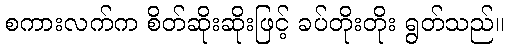
စကားလက်က စိတ်ဆိုးဆိုးဖြင့် ခပ်တိုးတိုး ရွတ်သည်။